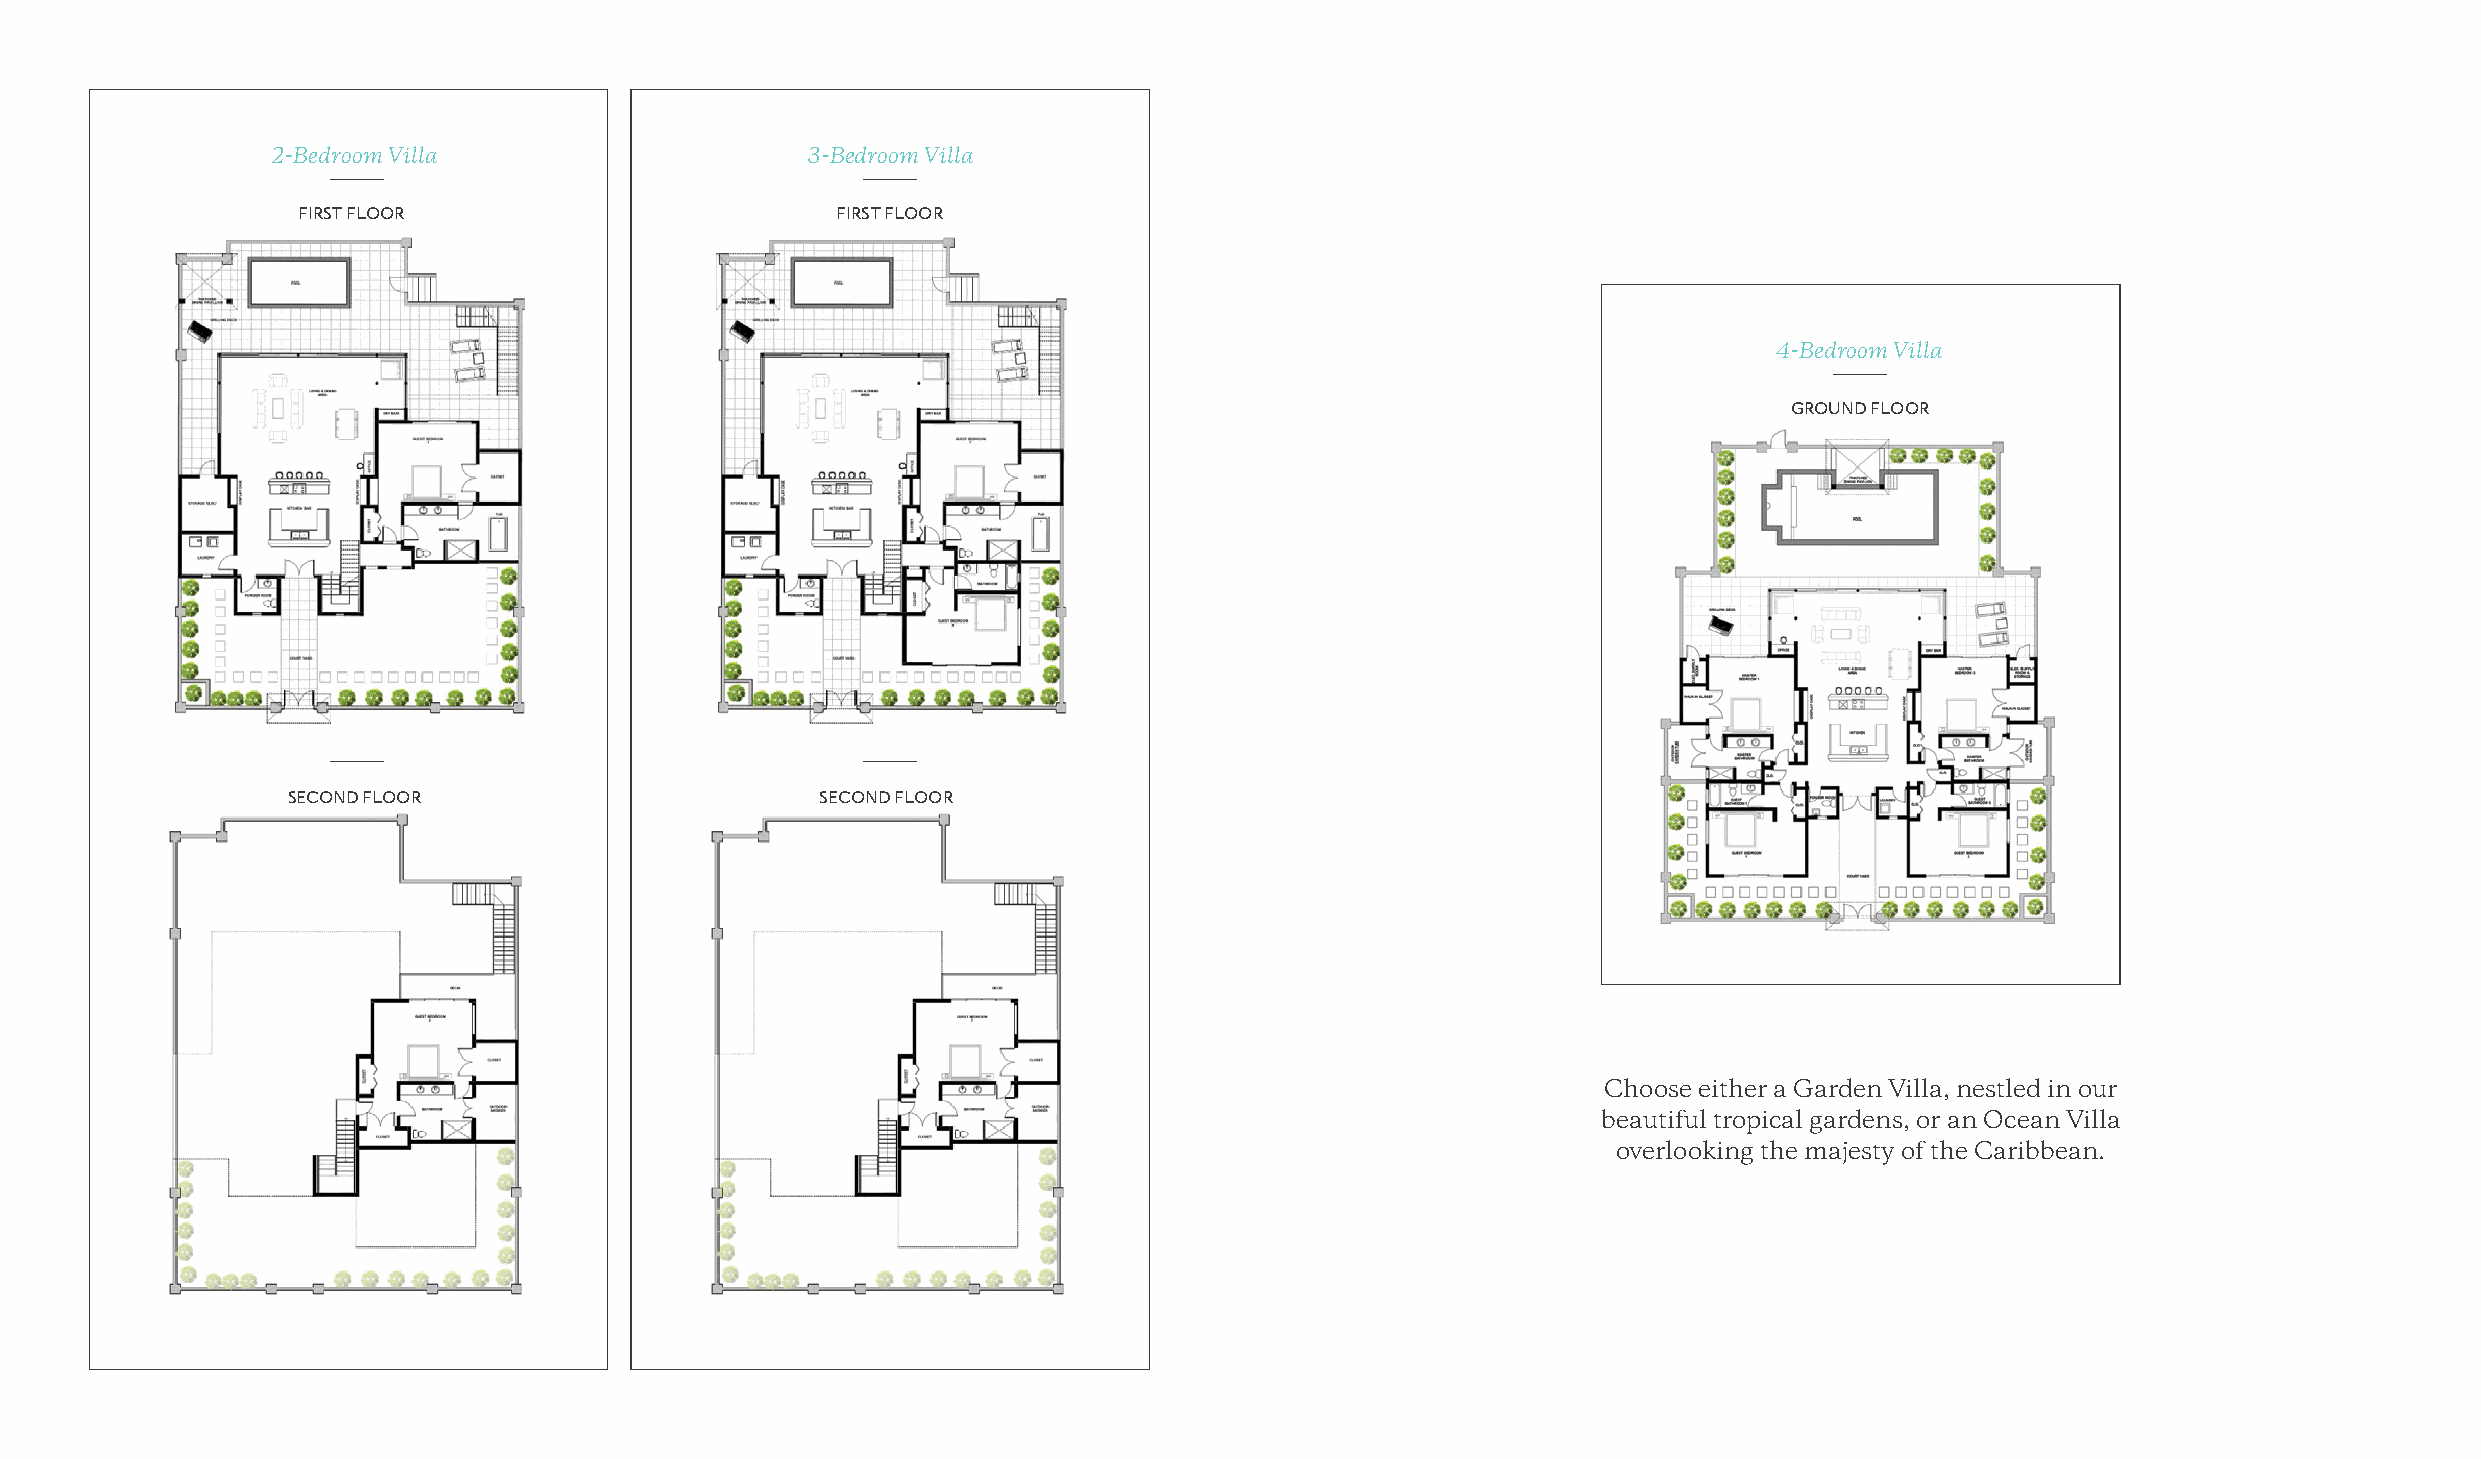
2-Bedroom Villa                    3-Bedroom Villa
 FIRST FLOOR                        FIRST FLOOR
 4-Bedroom Villa
 GROUND FLOOR
 SECOND FLOOR                       SECOND FLOOR
 Choose either a Garden Villa, nestled in our
 beautiful tropical gardens, or an Ocean Villa
 overlooking the majesty of the Caribbean.